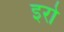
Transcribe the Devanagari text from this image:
इरो